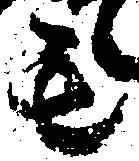
其